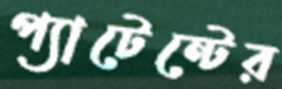
প্যাটেন্টের